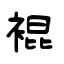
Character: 裩